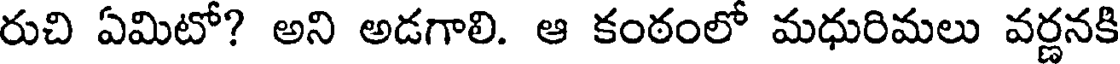
రుచి ఏమిటో? అని అడగాలి. ఆ కంఠంలో మధురిమలు వర్ణనకి